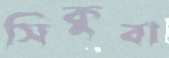
সিকুবা